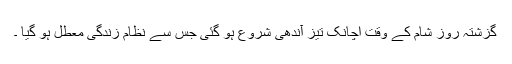
گزشتہ روز شام کے وقت اچانک تیز آندھی شروع ہو گئی جس سے نظام زندگی معطل ہو گیا ۔